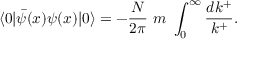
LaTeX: \langle 0 | \bar { \psi } ( x ) \psi ( x ) | 0 \rangle = - \frac { N } { 2 \pi } \ m \ \int _ { 0 } ^ { \infty } \frac { d k ^ { + } } { k ^ { + } } .